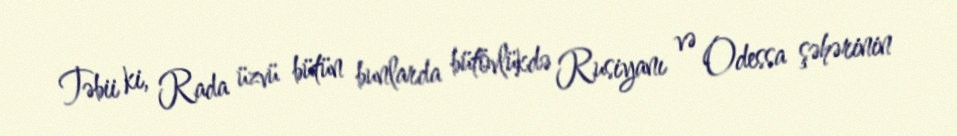
Təbii ki, Rada üzvü bütün bunlarda bütövlükdə Rusiyanı və Odessa şəhərinin